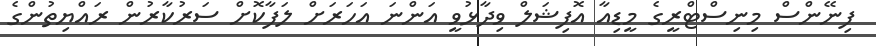
ފިނޭންސް މިނިސްޓްރީގެ މީޑިއާ އޮފިޝަލް ވިދާޅުވީ އަންނަ އަހަރަށް ލަފާކޮށް ސަރުކާރުން ރައްޔިތުންގެ